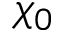
\chi _ { 0 }